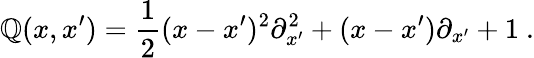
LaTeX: \mathbb{Q}(x,x^{\prime})=\frac{{1}}{{2}}(x-x^{\prime})^{2}{\partial}_{x^{\prime}}^{2}+(x-x^{\prime}){\partial}_{x^{\prime}}+1\ .